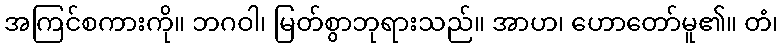
အကြင်စကားကို။ ဘဂဝါ၊ မြတ်စွာဘုရားသည်။ အာဟ၊ ဟောတော်မူ၏။ တံ၊